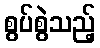
စွပ်စွဲသည့်